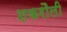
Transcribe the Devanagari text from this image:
शकरौली